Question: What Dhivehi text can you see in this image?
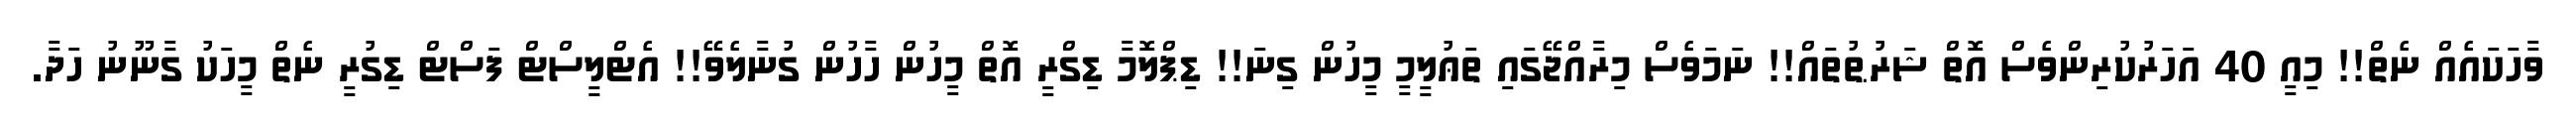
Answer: ވާހަކައެއް ނެތް!! މިއީ 40 އަހަރުކުރިންވެސް އޮތް ޝަރުޠުތައް!! ނަމަވެސް މިރާއްޖޭގައި ތަޢުލީމީ މީހުން ގިނަ!! ޑިޕްލޮމާ ޑިގްރީ އޮތް މީހުން ހާހުން ގުނާލެވޭ!! އެޓްލީސްޓް ފަސްޓް ޑިގުރީ ނެތް މީހަކު ގާނޫނު ހަދާ.